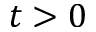
t > 0